Physiological action of certain drugs in tablet form - Number 52A
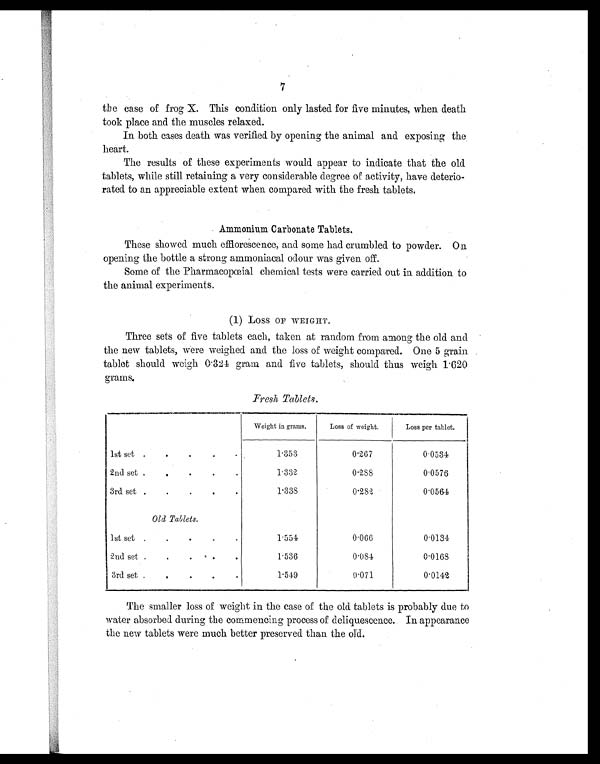
7
the case of frog X. This condition only lasted for five minutes, when death
took place and the muscles relaxed.
In both cases death was verified by opening the animal and exposing the
heart.
The results of these experiments would appear to indicate that the old
tablets, while still retaining a very considerable degree of activity, have deterio-
rated to an appreciable extent when compared with the fresh tablets.
Ammonium Carbonate Tablets.
These showed much efflorescence, and some had crumbled to powder. On
opening the bottle a strong ammoniacal odour was given off.
Some of the Pharmacopœial chemical tests were carried out in addition to
the animal experiments.
(1) Loss OF WEIGHT.
Three sets of five tablets each, taken at random from among the old and
the new tablets, were weighed and the loss of weight compared. One 5 grain
tablet should weigh 0 . 324 gram and five tablets, should thus weigh 1.620
grams.
Fresh Tablets.
Weight in grams.
Loss of weight.
Loss per tablet.
1st set . . . . .
1.353
0.267
0.0534
2nd set . . . . .
1.332
0.288
0 . 0 5 7 6
3rd set .
.
.
.
.
1.338
0.282
0.0564
Old Tablets.
1st set .
.
.
.
.
1.554
0.066
0.0134
2nd set .
.
.
.
.
1.536
0 . 0 8 4
0.0168
3rd set .
.
.
.
.
1.549
0.071
0.0142
The smaller loss of weight in the case of the old tablets is probably due to
water absorbed during the commencing process of deliquescence. In appearance
the new tablets were much better preserved than the old.